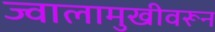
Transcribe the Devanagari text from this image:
ज्वालामुखीवरून